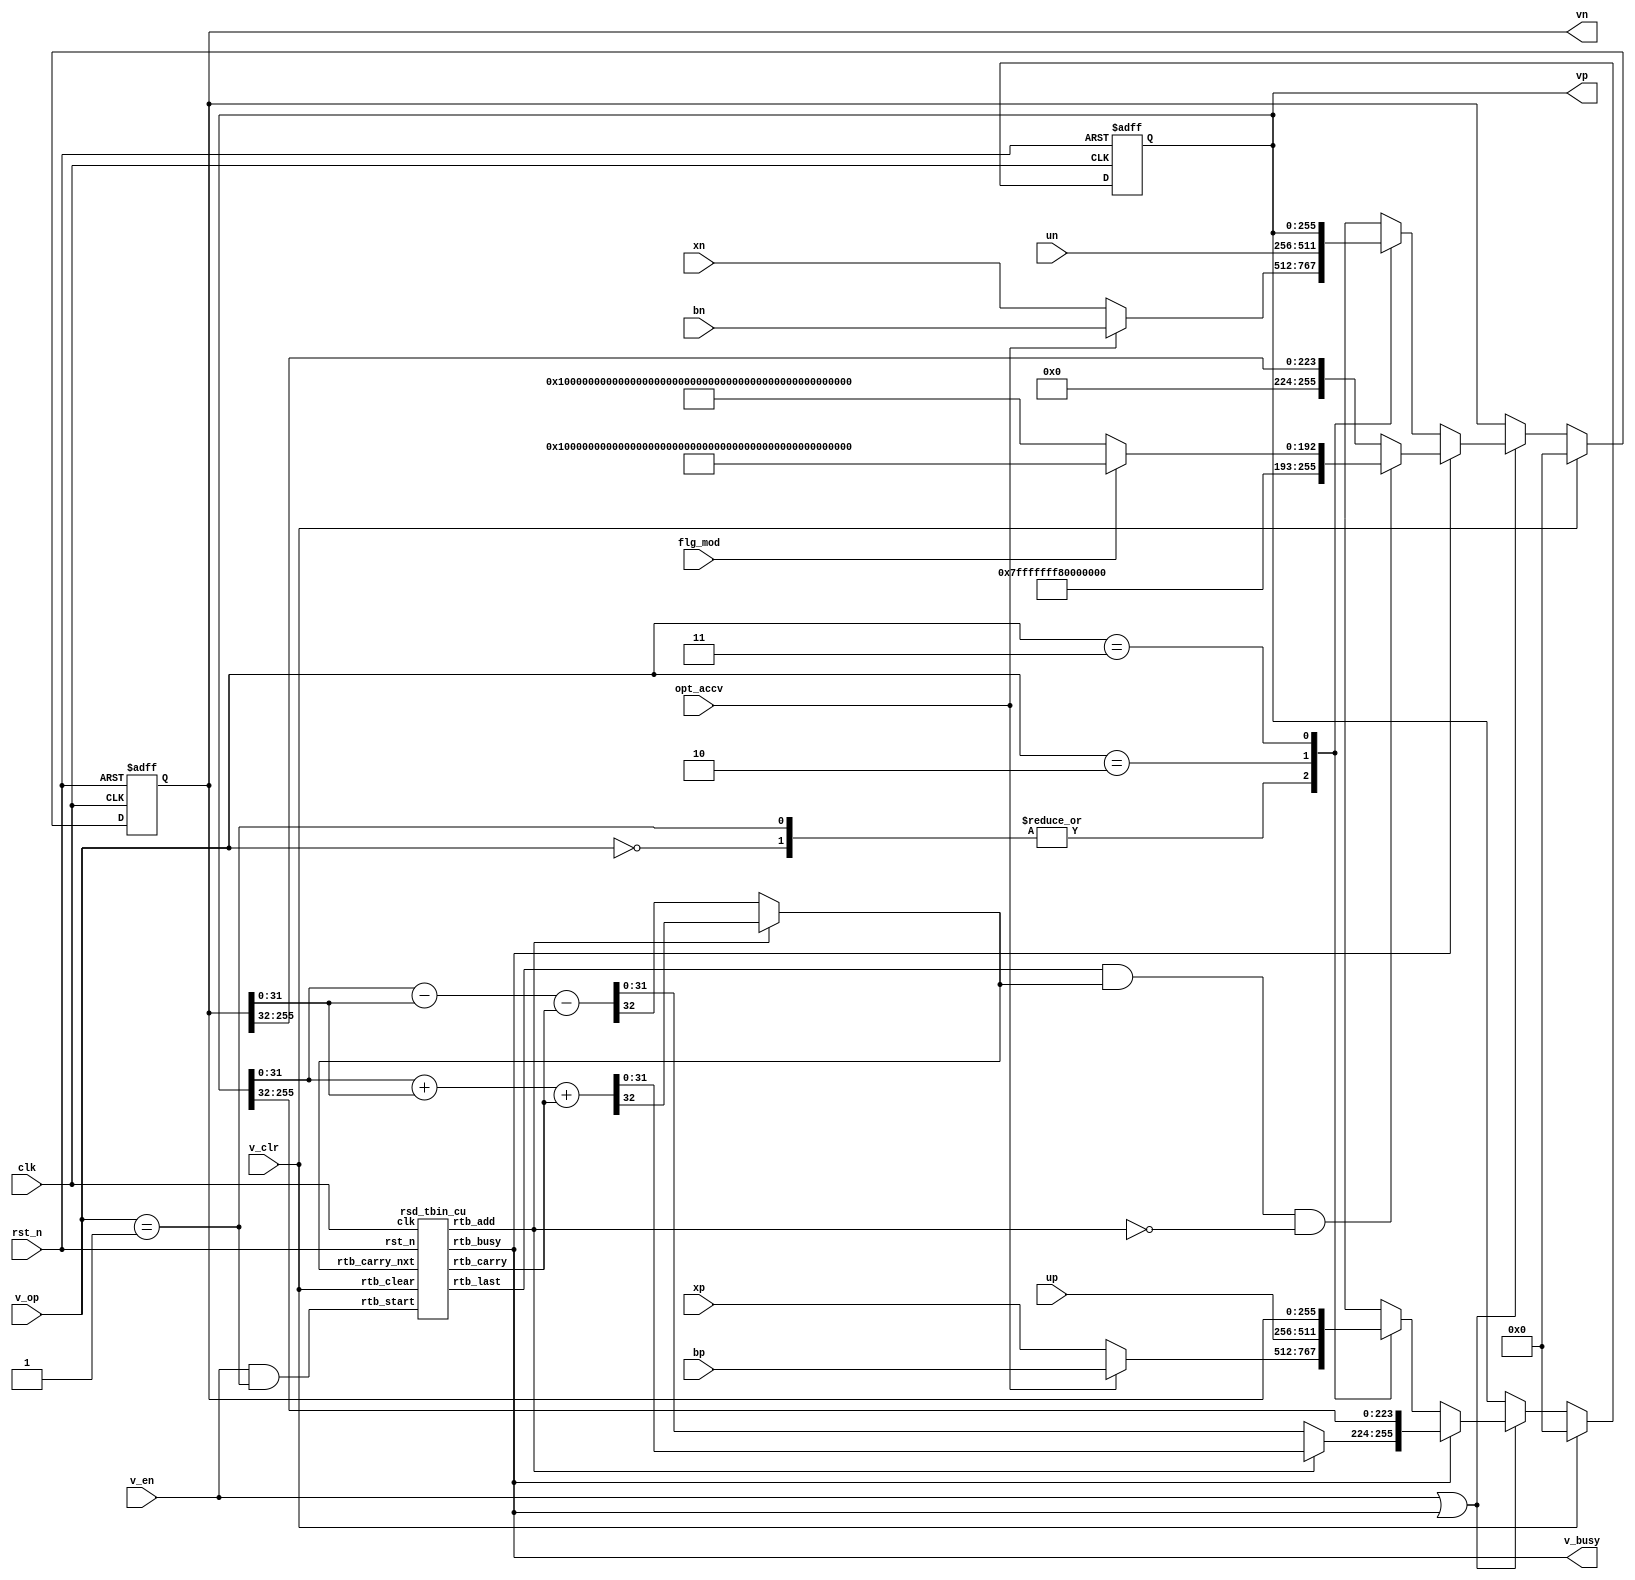
//-----------------------------------------------------------------------------
// Title         : V Register For Modular Arithmetic
// Project       : ECC 1.1
//-----------------------------------------------------------------------------
//-----------------------------------------------------------------------------
// Description :
//  - V Register Module for ECC Modular Arithmetic Function
//-----------------------------------------------------------------------------
// Copyright (c) 2018 by ISLAB This model is the confidential and
// proprietary property of ISLAB and the possession or use of this
// file requires a written license from ISLAB.
//------------------------------------------------------------------------------
// Modification history :
// 14.11.2018 : created by Haeyoung Kim
// 17.11.2018 : Spyglass Check Done by Haeyoung Kim
// 15.12.2018 : Code refactoring by Haeyoung Kim
//-----------------------------------------------------------------------------
module mod_arith_v (/*AUTOARG*/
   // Outputs
   v_busy, vp, vn,
   // Inputs
   clk, rst_n, v_op, v_en, v_clr, opt_accv, flg_mod, xp, xn, up, un, bp, bn
   ) ;
   /* I/O */
   input          clk, rst_n;

   input [1:0]    v_op;
   input          v_en;
   input          v_clr;           // Using Sync Reset(Clear)

   input          opt_accv;
   input          flg_mod;

   input  [255:0] xp, xn;
   input  [255:0] up, un;
   input  [255:0] bp, bn;

   output         v_busy;
   output [255:0] vp;
   output [255:0] vn;

   /* Local Parameter */
   localparam OP_V_SETX   = 2'b00;
   localparam OP_V_TCAST  = 2'b01;
   localparam OP_V_SETU   = 2'b10;
   localparam OP_V_SWAP   = 2'b11;

   localparam MP0         = 256'hFFFFFFFF00000001000000000000000000000000FFFFFFFFFFFFFFFFFFFFFFFF;
   localparam MP1         = 256'hFFFFFFFF00000000FFFFFFFFFFFFFFFFBCE6FAADA7179E84F3B9CAC2FC632551;

   /* Output Type */
   reg [255:0]    vp;
   reg [255:0]    vn;
   wire           v_busy;

   /* Control Unit I/O */
   wire           rtb_add, rtb_busy, rtb_last;
   wire           rtb_carry, rtb_carry_nxt;
   wire           rtb_start;

   assign         v_busy = rtb_busy;

   /* Function : Accumulation Mode Selector */
   wire [255:0]   sel_xp, sel_xn;

   assign sel_xp    = (opt_accv == 1'b1) ? bp : xp;
   assign sel_xn    = (opt_accv == 1'b1) ? bn : xn;

   /* Function : v_op input selector */
   reg [255:0]    vp_op;
   reg [255:0]    vn_op;

   always @ (*) begin
      case (v_op)
        OP_V_SETX  : vp_op = sel_xp;
        OP_V_TCAST : vp_op = sel_xp;
        OP_V_SETU  : vp_op = up;
        OP_V_SWAP  : vp_op = vn;
      endcase // case (v_op)
   end

   always @ (*) begin
      case (v_op)
        OP_V_SETX  : vn_op = sel_xn;
        OP_V_TCAST : vn_op = sel_xn;
        OP_V_SETU  : vn_op = un;
        OP_V_SWAP  : vn_op = vp;
      endcase // case (v_op)
   end

   /* Function : RSD TO BIN 32 */
   wire [32:0]   pn_add;
   wire [32:0]   pn_sub;
   wire [31:0]   bin_nxt;

   assign pn_sub        = {1'b0, vp[31:0]} - vn[31:0] - rtb_carry;
   assign pn_add        = {1'b0, vp[31:0]} + vn[31:0] + rtb_carry;
   assign bin_nxt       = (rtb_add == 1'b1) ? pn_add[31:0] : pn_sub[31:0];
   assign rtb_carry_nxt = (rtb_add == 1'b1) ? pn_add[32]   : pn_sub[32];

   /* Function : Modular Range Selector */
   wire [255:0]  modular;
   assign modular   = (flg_mod == 1'b1) ? MP1 : MP0;

   /* Function : RTB Result */
   wire          modset;
   wire [255:0]  vp_rtb;
   wire [255:0]  vn_rtb;

   assign modset   = rtb_last & rtb_carry_nxt & !rtb_add;
   assign vp_rtb   = {bin_nxt, vp[255:32]};
   assign vn_rtb   = modset ? modular : {32'd0, vn[255:32]};

   /* Function : SELECT NEXT */
   wire [255:0]  vp_nxt, vn_nxt;
   assign vp_nxt = rtb_busy ? vp_rtb : vp_op;
   assign vn_nxt = rtb_busy ? vn_rtb : vn_op;

   always @ (posedge clk or negedge rst_n) begin
      if(!rst_n) begin
         vp <= 256'd0;
         vn <= 256'd0;
      end else begin
         if(v_clr) begin
            vp <= 256'd0;
            vn <= 256'd0;
         end else if(v_en | rtb_busy) begin
            vp <= vp_nxt;
            vn <= vn_nxt;
         end
      end
   end

   /* Contol Unit for RSD to Binary */
   assign rtb_start = v_en & (v_op == OP_V_TCAST);

   rsd_tbin_cu CU (
                     .rtb_clear         (v_clr),
                     /*AUTOINST*/
                     // Outputs
                     .rtb_carry         (rtb_carry),
                     .rtb_add           (rtb_add),
                     .rtb_busy          (rtb_busy),
                     .rtb_last          (rtb_last),
                     // Inputs
                     .clk               (clk),
                     .rst_n             (rst_n),
                     .rtb_start         (rtb_start),
                     .rtb_carry_nxt     (rtb_carry_nxt));

endmodule // mod_arith_v

module rsd_tbin_cu (/*AUTOARG*/
   // Outputs
   rtb_carry, rtb_add, rtb_busy, rtb_last,
   // Inputs
   clk, rst_n, rtb_start, rtb_clear, rtb_carry_nxt
   ) ;
   input       clk, rst_n;

   input       rtb_start;
   input       rtb_clear;
   input       rtb_carry_nxt;

   output      rtb_carry;
   output      rtb_add;
   output      rtb_busy;
   output      rtb_last;

   /* FSM STATE */
   localparam IDLE        = 3'b001;
   localparam RTB         = 3'b010;
   localparam UFLOW       = 3'b100;

   /* OUTPUT TYPE */
   reg         rtb_carry;
   reg         rtb_add;
   reg         rtb_busy;
   wire        rtb_last;

   /* Internal Counter Module */
   reg  [2:0]   cnt;
   wire [2:0]   cnt_nxt;

   assign cnt_nxt      = cnt + 1;
   assign rtb_last     = (cnt == 3'b111) ? 1 : 0;

   always @ (posedge clk or negedge rst_n) begin
      if(!rst_n) begin
         cnt <= 3'd0;
      end else begin
         if(rtb_start | rtb_clear) begin
            cnt <= 3'd0;
         end else if(rtb_busy) begin
            cnt <= cnt_nxt;
         end
      end
   end

   /* Carry Register */
   always @ (posedge clk or negedge rst_n) begin
      if(!rst_n) begin
         rtb_carry <= 1'b0;
      end else begin
         if(rtb_last | rtb_clear | rtb_start) begin
            rtb_carry <= 1'b0;
         end else if (rtb_busy) begin
            rtb_carry <= rtb_carry_nxt;
         end
      end
   end

   /* FSM Register */
   reg   [2:0] state, state_nxt;

   always @ (posedge clk or negedge rst_n) begin
      if(!rst_n) begin
         state  <= IDLE;
      end else begin
         state  <= state_nxt;
      end
   end

   /* FSM STATE Transition */
   always @ (*) begin
      state_nxt = state;
      rtb_add   = 0;
      rtb_busy  = 0;
      case (state)
        IDLE : begin
           if(rtb_start & !rtb_clear)
              state_nxt = RTB;
        end
        RTB : begin
           rtb_busy   = 1;
           if(rtb_clear) begin
              state_nxt = IDLE;
           end else if(rtb_last) begin
              if(rtb_carry_nxt) begin
                 state_nxt = UFLOW;
              end else begin
                 state_nxt = IDLE;
              end
           end
        end
        UFLOW : begin
           rtb_busy   = 1;
           rtb_add    = 1;
           if(rtb_clear | rtb_last)
              state_nxt = IDLE;
        end
      endcase // case (state)
   end

endmodule // rsd_tbin_cu